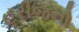
હરીજનો